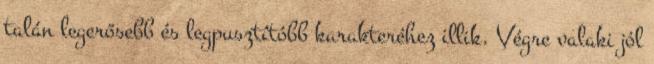
talán legerősebb és legpusztítóbb karakteréhez illik. Végre valaki jól